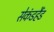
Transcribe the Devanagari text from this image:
सेकंडहैंड